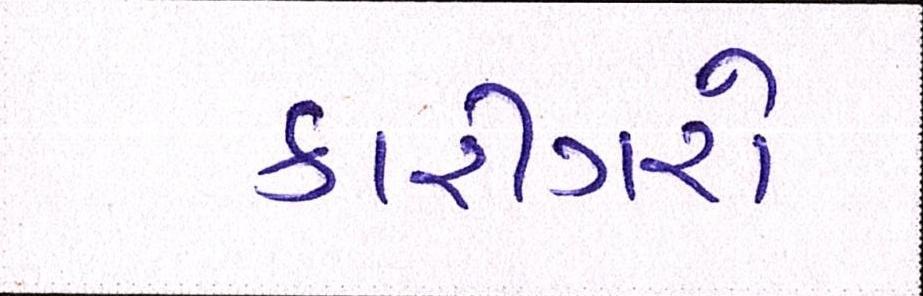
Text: કારીગરો